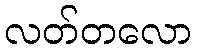
လတ်တလော